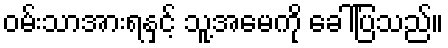
ဝမ်းသာအားရနှင့် သူ့အမေကို ခေါ်ပြသည်။